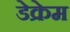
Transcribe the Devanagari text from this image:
डेक्रेम